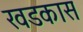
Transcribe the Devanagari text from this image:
खडकास